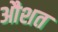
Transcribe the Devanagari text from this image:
औशत